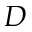
D